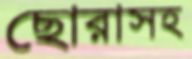
ছোরাসহ